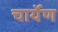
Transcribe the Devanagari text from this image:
चार्येण